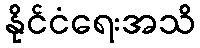
နိုင်ငံရေးအသိ